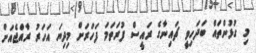
މި ގުޅުންތައް ބަދަހިވީ ޗައިނާގެ ރައީސް ފުރަތަމަ ފަހަރަށް މިދިޔަ އަހަރު ރާއްޖެއަށް